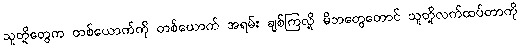
သူတို့တွေက တစ်ယောက်ကို တစ်ယောက် အရမ်း ချစ်ကြလို့ မိဘတွေတောင် သူတို့လက်ထပ်တာကို